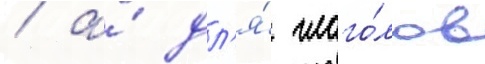
/ а́ дл'я́ глаго́лов